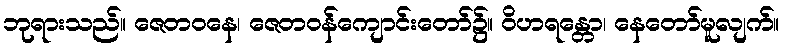
ဘုရားသည်။ ဇေတဝနေ၊ ဇေတဝန်ကျောင်းတော်၌။ ဝိဟရန္တော၊ နေတော်မူလျက်။